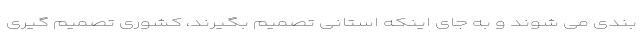
بندی می شوند و به جای اینکه استانی تصمیم بگیرند، کشوری تصمیم گیری